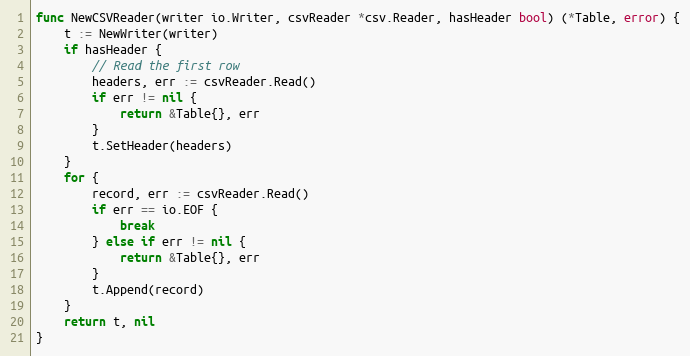
Language: Go
func NewCSVReader(writer io.Writer, csvReader *csv.Reader, hasHeader bool) (*Table, error) {
	t := NewWriter(writer)
	if hasHeader {
		// Read the first row
		headers, err := csvReader.Read()
		if err != nil {
			return &Table{}, err
		}
		t.SetHeader(headers)
	}
	for {
		record, err := csvReader.Read()
		if err == io.EOF {
			break
		} else if err != nil {
			return &Table{}, err
		}
		t.Append(record)
	}
	return t, nil
}